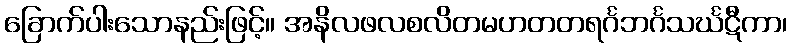
ခြောက်ပါးသောနည်းဖြင့်။ အနိလဖလစလိတမဟတတရင်္ဂဘင်္ဂသင်္ဃဋီကာ၊